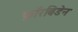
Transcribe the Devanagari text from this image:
फ़ॉरबिडेन